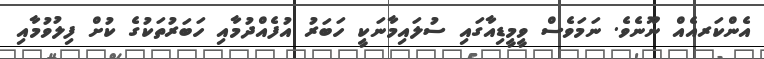
އެންކަރއެއް ނޫނެވެ. ނަމަވެސް ވީމީޑިއާގައި ސުލައިމާނަކީ ހަބަރު އުފެއްދުމާއި ހަބަރުތަކުގެ ކުށް ފިލުވުމާއި